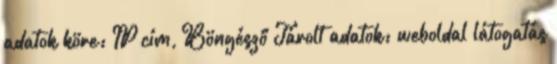
adatok köre: IP cím, Böngésző Tárolt adatok: weboldal látogatás